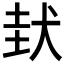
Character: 𡌤